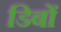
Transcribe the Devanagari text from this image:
डिबों